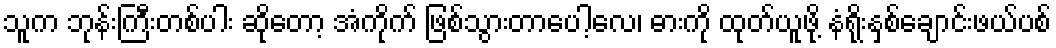
သူက ဘုန်းကြီးတစ်ပါး ဆိုတော့ အံကိုက် ဖြစ်သွားတာပေါ့လေ၊ ဓားကို ထုတ်ယူဖို့ နံရိုးနှစ်ချောင်းဖယ်ပစ်